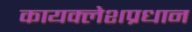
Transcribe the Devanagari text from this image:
कायक्लेशप्रधान